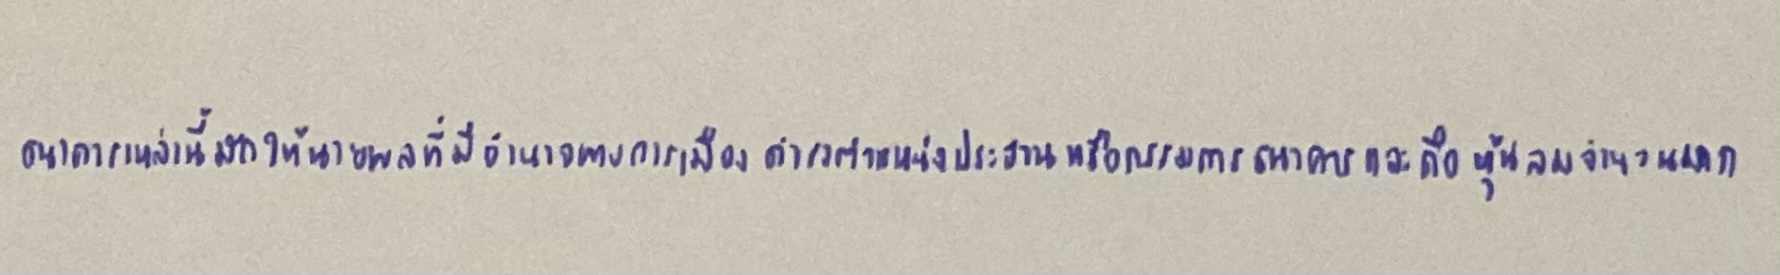
ธนาคารเหล่านี้มักให้นายพลที่มีอำนาจทางการเมืองดำรงตำแหน่งประธานหรือกรรมการธนาคารและถือหุ้นลมจำนวนมาก